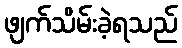
ဖျက်သိမ်းခဲ့ရသည်